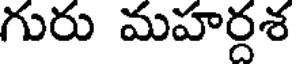
గురు మహర్దశ